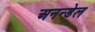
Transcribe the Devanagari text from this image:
अनन्डेल